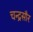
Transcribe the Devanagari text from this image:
चन्द्रसौर